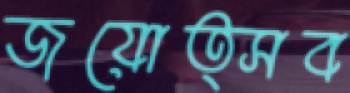
জয়োত্সব